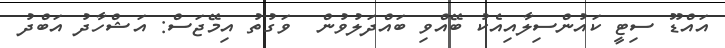
އައްޑޫ ސިޓީ ކައުންސިލާއިއެކު ބޭއްވި ބައްދަލުވުން  ވަގުތު އިމޭޖަސް: އަޝްހާދު އަބްދު